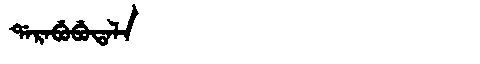
Manchu: ᡩᠠᡵᠠᠪᡠᠪᡠᡨᠠᠯᠠ
Romanization: DARABUBUTALA